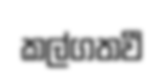
කල්ගතවී